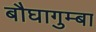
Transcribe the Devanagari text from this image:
बौघागुम्बा